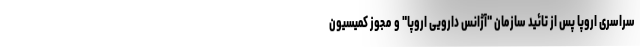
سراسری اروپا پس از تائید سازمان "آژانس دارویی اروپا" و مجوز کمیسیون